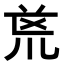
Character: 𭅟